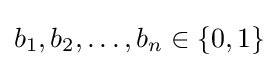
b_{1},b_{2},\dots ,b_{n}\in \{0,1\}